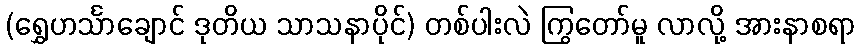
(ရွှေဟင်္သာချောင် ဒုတိယ သာသနာပိုင်) တစ်ပါးလဲ ကြွတော်မူ လာလို့ အားနာစရာ